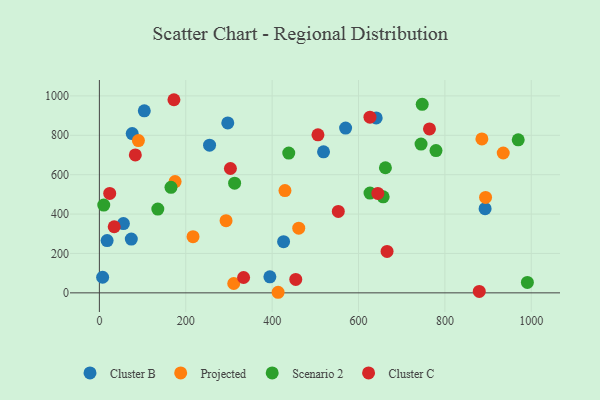
{"axis": {"x": "Study Hours", "y": "Demand"}, "legend": ["Cluster B", "Cluster C", "Projected", "Scenario 2"], "data": [{"x": "570.1", "y": 836.5, "type": "Cluster B"}, {"x": "104.0", "y": 924.1, "type": "Cluster B"}, {"x": "297.3", "y": 862.7, "type": "Cluster B"}, {"x": "7.5", "y": 79.3, "type": "Cluster B"}, {"x": "76.0", "y": 808.6, "type": "Cluster B"}, {"x": "255.1", "y": 749.6, "type": "Cluster B"}, {"x": "17.9", "y": 265.3, "type": "Cluster B"}, {"x": "640.9", "y": 888.2, "type": "Cluster B"}, {"x": "519.0", "y": 716.2, "type": "Cluster B"}, {"x": "394.8", "y": 81.5, "type": "Cluster B"}, {"x": "893.1", "y": 427.6, "type": "Cluster B"}, {"x": "426.5", "y": 259.8, "type": "Cluster B"}, {"x": "55.6", "y": 351.6, "type": "Cluster B"}, {"x": "73.9", "y": 273.1, "type": "Cluster B"}, {"x": "175.3", "y": 565.0, "type": "Projected"}, {"x": "461.6", "y": 328.5, "type": "Projected"}, {"x": "293.3", "y": 366.6, "type": "Projected"}, {"x": "885.7", "y": 781.6, "type": "Projected"}, {"x": "429.7", "y": 519.4, "type": "Projected"}, {"x": "90.4", "y": 773.0, "type": "Projected"}, {"x": "413.8", "y": 2.9, "type": "Projected"}, {"x": "894.2", "y": 484.4, "type": "Projected"}, {"x": "311.1", "y": 47.5, "type": "Projected"}, {"x": "216.8", "y": 285.1, "type": "Projected"}, {"x": "935.1", "y": 710.0, "type": "Projected"}, {"x": "135.3", "y": 425.6, "type": "Scenario 2"}, {"x": "165.8", "y": 535.6, "type": "Scenario 2"}, {"x": "744.8", "y": 755.5, "type": "Scenario 2"}, {"x": "438.5", "y": 709.5, "type": "Scenario 2"}, {"x": "657.1", "y": 487.6, "type": "Scenario 2"}, {"x": "969.8", "y": 776.8, "type": "Scenario 2"}, {"x": "991.0", "y": 53.1, "type": "Scenario 2"}, {"x": "313.1", "y": 556.9, "type": "Scenario 2"}, {"x": "662.3", "y": 635.3, "type": "Scenario 2"}, {"x": "747.5", "y": 957.0, "type": "Scenario 2"}, {"x": "10.1", "y": 445.8, "type": "Scenario 2"}, {"x": "626.6", "y": 506.6, "type": "Scenario 2"}, {"x": "779.4", "y": 722.2, "type": "Scenario 2"}, {"x": "23.9", "y": 504.9, "type": "Cluster C"}, {"x": "333.9", "y": 77.8, "type": "Cluster C"}, {"x": "879.6", "y": 7.0, "type": "Cluster C"}, {"x": "644.7", "y": 504.6, "type": "Cluster C"}, {"x": "454.7", "y": 67.9, "type": "Cluster C"}, {"x": "34.3", "y": 335.6, "type": "Cluster C"}, {"x": "172.6", "y": 980.6, "type": "Cluster C"}, {"x": "83.2", "y": 700.1, "type": "Cluster C"}, {"x": "666.1", "y": 210.5, "type": "Cluster C"}, {"x": "626.5", "y": 892.0, "type": "Cluster C"}, {"x": "506.1", "y": 802.5, "type": "Cluster C"}, {"x": "764.3", "y": 832.2, "type": "Cluster C"}, {"x": "303.4", "y": 631.5, "type": "Cluster C"}, {"x": "553.2", "y": 413.4, "type": "Cluster C"}]}